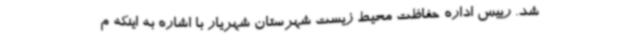
شد. رییس اداره حفاظت محیط زیست شهرستان شهریار با اشاره به اینکه م